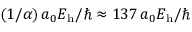
( 1 / \alpha ) \, a _ { 0 } E _ { \mathrm { h } } / \hbar \approx 1 3 7 \, a _ { 0 } E _ { \mathrm { h } } / \hbar